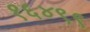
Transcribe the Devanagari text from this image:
१६४९९